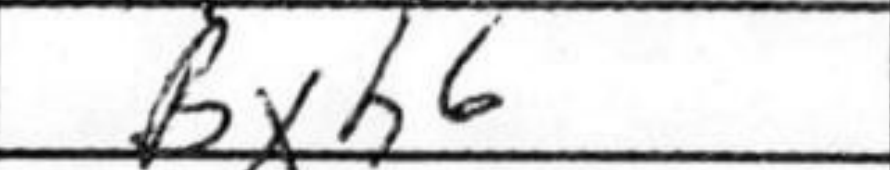
Transcription: Bxh6